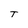
Character: T